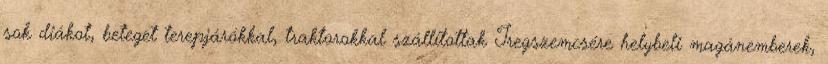
sok diákot, beteget terepjárókkal, traktorokkal szállítottak Iregszemcsére helybeli magánemberek,